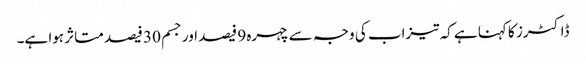
ڈاکٹرز کا کہنا ہے کہ تیزاب کی وجہ سے چہرہ 9 فیصد اور جسم 30 فیصد متاثر ہوا ہے۔